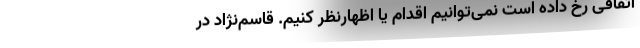
اتفاقی رخ داده است نمی‌توانیم اقدام یا اظهارنظر کنیم. قاسم‌نژاد در